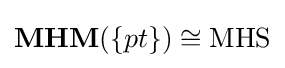
{\textbf {MHM}}(\{pt\})\cong {\text{MHS}}